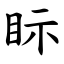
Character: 眎